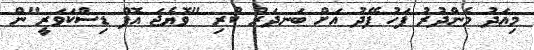
މިއަދު މެންދުރު ފަހު ފޭދު އަށް ބަނދަރު ކުރި "ވޮޔެޖަ އޮފް ޑިސްކަވަރީ"ން